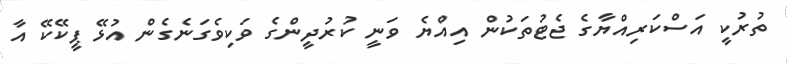
ތުރުކީ އަސްކަރިއްޔާގެ ޖެޓުތަކުން އިއްޔެ ވަނީ ކުރުދީންގެ ވަކިވެގަނެގެން އުޅޭ ޕީކޭކޭ އާ